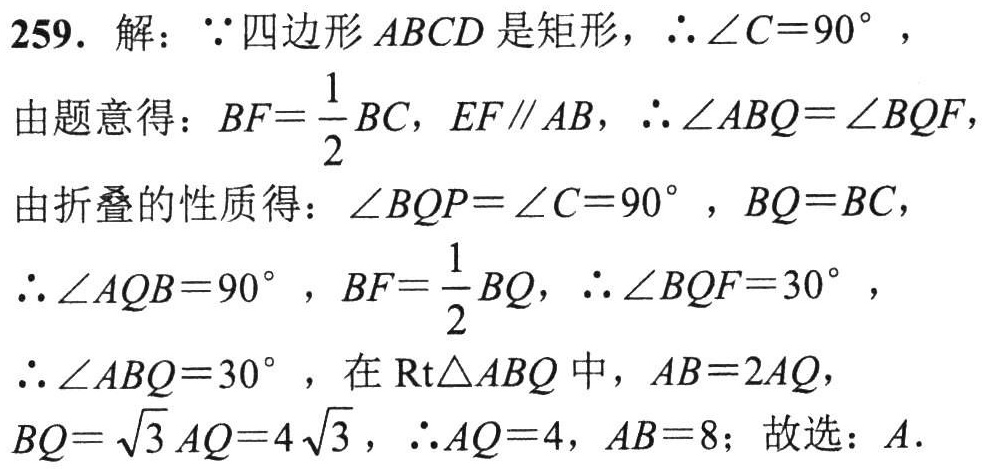
259. 解：\(\because\)四边形\(ABCD\)是矩形，\(\therefore\angle C = 90^{\circ}\)，

由题意得：\(BF=\dfrac{1}{2}BC\)，\(EF\parallel AB\)，\(\therefore\angle ABQ=\angle BQF\)，

由折叠的性质得：\(\angle BQP=\angle C = 90^{\circ}\)，\(BQ = BC\)，

\(\therefore\angle AQB = 90^{\circ}\)，\(BF=\dfrac{1}{2}BQ\)，\(\therefore\angle BQF = 30^{\circ}\)，

\(\therefore\angle ABQ = 30^{\circ}\)，在\(\text{Rt}\triangle ABQ\)中，\(AB = 2AQ\)，

\(BQ=\sqrt{3}AQ = 4\sqrt{3}\)，\(\therefore AQ = 4\)，\(AB = 8\)；故选：\(A\).